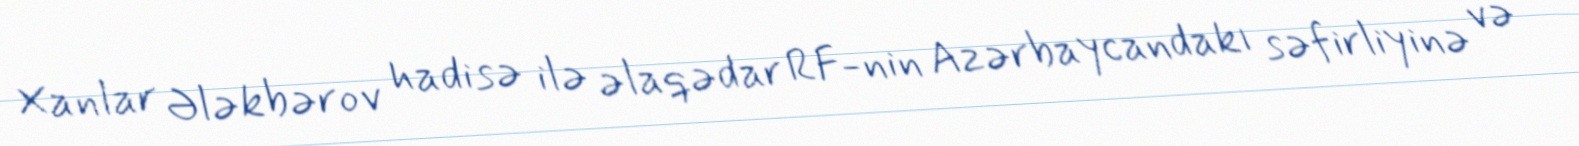
Xanlar Ələkbərov hadisə ilə əlaqədar RF-nin Azərbaycandakı səfirliyinə və